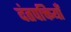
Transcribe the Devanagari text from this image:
दंतपक्तियाँ